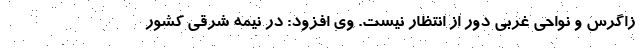
زاگرس و نواحی غربی دور از انتظار نیست. وی افزود: در نیمه شرقی کشور